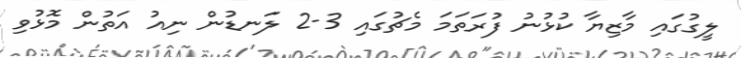
ލީގުގައި މާޒިޔާ ކުޅުނު ފުރަތަމަ މެޗުގައި 3-2 ލަނޑުން ނިއު އަތުން މޮޅުވި